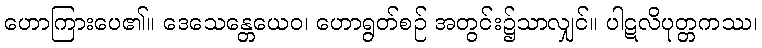
ဟောကြားပေ၏။ ဒေသေန္တေယေဝ၊ ဟောရွတ်စဉ် အတွင်း၌သာလျှင်။ ပါဋလိပုတ္တကဿ၊